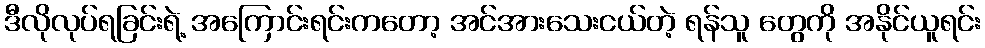
ဒီလိုလုပ်ရခြင်းရဲ့ အကြောင်းရင်းကတော့ အင်အားသေးငယ်တဲ့ ရန်သူ တွေကို အနိုင်ယူရင်း